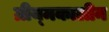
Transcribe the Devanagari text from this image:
ग्रीय्मकालीन